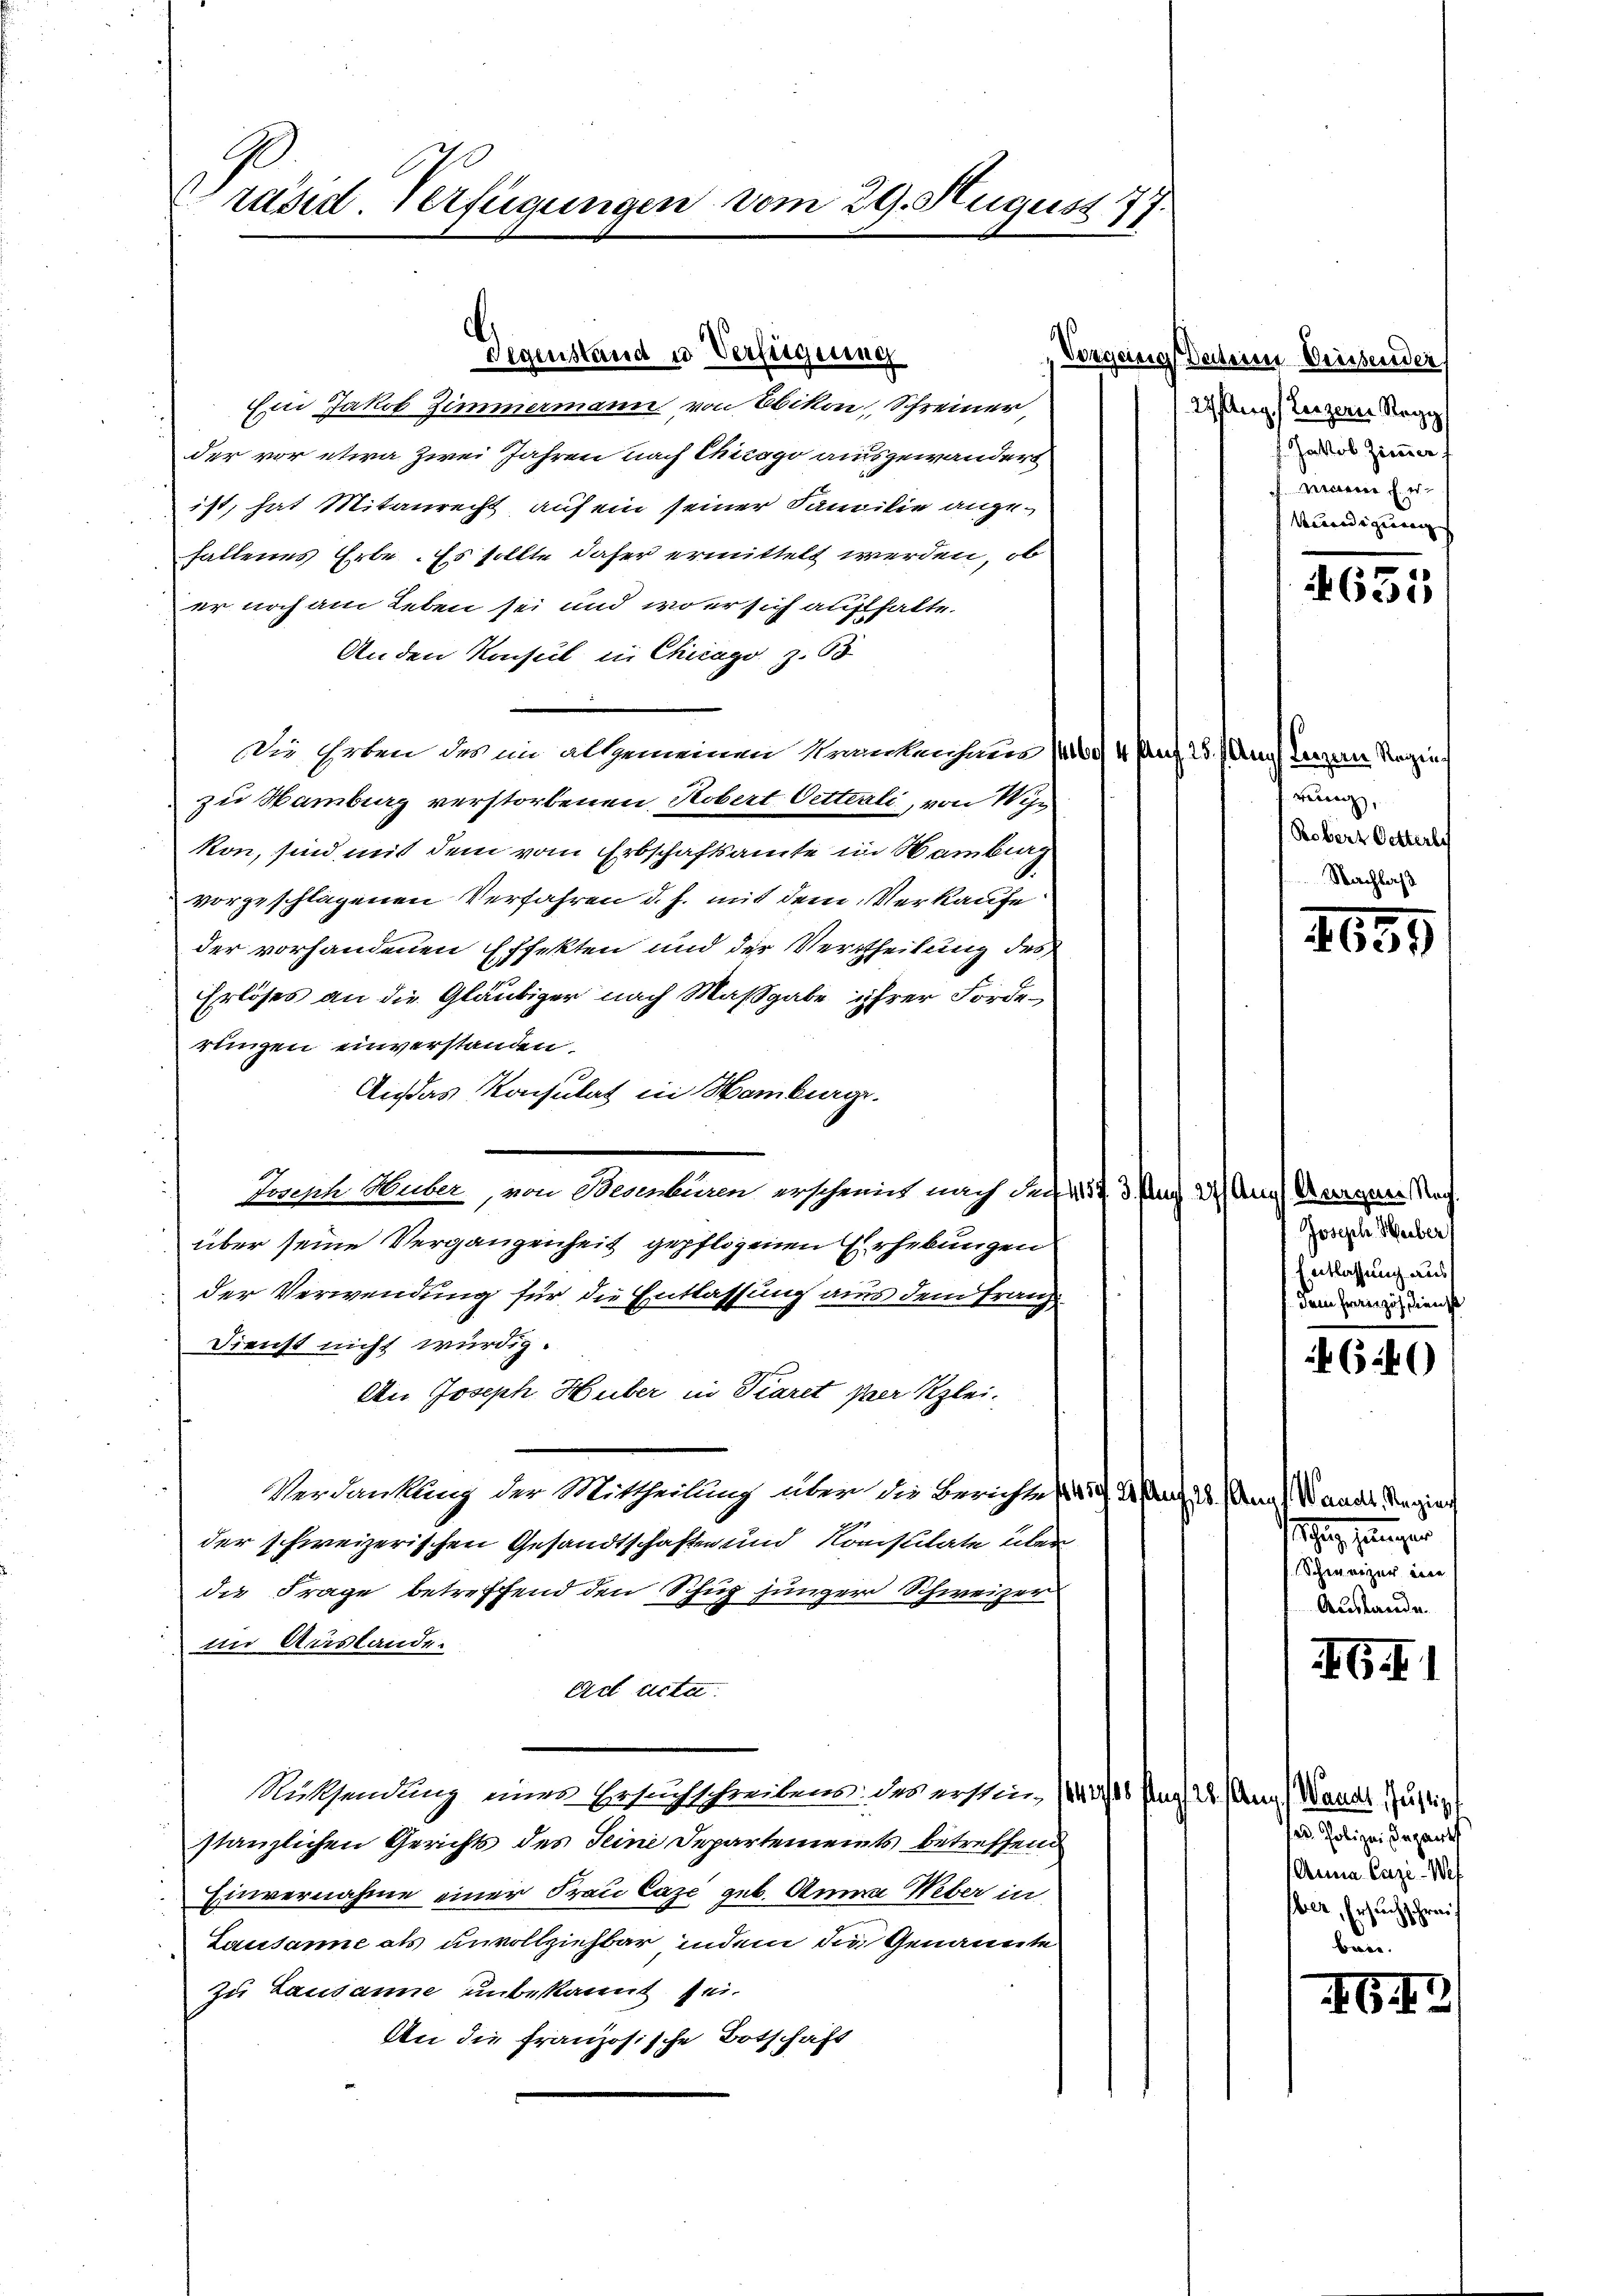
Präsid. Verfügungen vom 29. August 177.

Ein Jakob Zimmermann von Obikon, Schreiner,
der vor etwa zwei Jahren nach Chicago ausgewandert
ist, hat Mitanrecht auf ein seiner Familie angefallenes Erbe . Es sollte daher ermittelt werden, ob
er noch am Leben sei und wo er sich aufhalte.
Anden Konsul in Chicago Z. 68
Die Erben des im allgemeinen Krankenham (16./ 4 Prof. 25. Aug
zu Hamburg verstorbenen Robert Vetterli, von Wir
kon, sind mit dem vom Erbschaftsamte in Hamburg
vorgeschlagenen Verfahren d. h. mit dem Verkaufe
der vorhandenen Effekten und der Vertheilung des
Erlöses an die Gläubiger nach Maßgabe ihrer Förderungen einverstanden.
Aias Konsulat in Hamburg.
Joseph Huber, von Besenbüren erscheint nach den § 323. Aus 27 Aris
über seine Vergangenheit gepflogenen Erhebungen
der Verwendung für die Entlassung aus dem Franz
Dienst nicht würdig.
An Joseph Huber in Piaret per Klei¬
Verdankung der Mittheilung über die Berichte die
der schweizerischen Gesandtschaften und Konstitate überdie Frage betreffend den Schug junger Schweizer
in Auslande.
Act acta
Müttendung einer Ersuchschreibens: das erstin, 1000 Pag. 24. Mang (Wande Justiz
stanzlichen Gerichts des Seine Departements betreffend
Einvernahme einer Frau Caze geb. Anna Weber in
Lausanne als unvollziehbar, indem die Genannte
zu Lausanne unbekannt sei.
An die französische Botschaft

Gegenstand u Verfügung

Vorgeng daher Weissender
27 Aug. Beizern Regi
Jakob Zimmer
 Marier Erkündigung

3
 6530

flanzen Regier
Berech
Robert Petterle

(Burgen Nach
Joseph Heiber
Entlassung aus
dem Französdienst

6546)

Wandl, Regier
schen eingen
Schweizer eine
Austande.

G

sed. Polizei Inparth
Anna Cazi-Wes
Wer, Ersuchschrauf

5